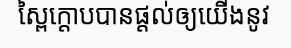
ស្ពៃក្តោបបានផ្តល់ឲ្យយើងនូវ